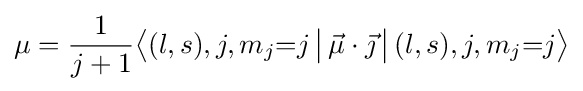
\mu ={\frac {1}{j+1}}{\bigl \langle }(l,s),j,m_{j}{=}j\,{\bigr |}\,{\vec {\mu }}\cdot {\vec {\jmath }}\,{\bigl |}\,(l,s),j,m_{j}{=}j{\bigr \rangle }